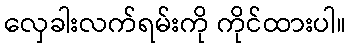
လှေခါးလက်ရမ်းကို ကိုင်ထားပါ။